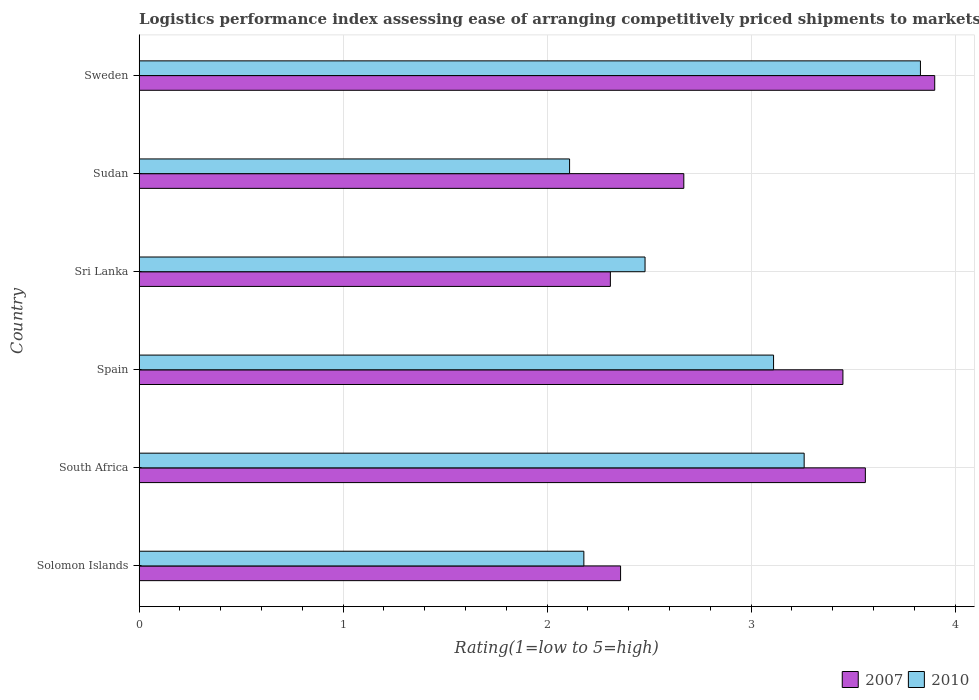
| Country | 2007 | 2010 |
 | --- | --- | --- |
 | Solomon Islands | 2.36 | 2.18 |
 | South Africa | 3.56 | 3.26 |
 | Spain | 3.45 | 3.11 |
 | Sri Lanka | 2.31 | 2.48 |
 | Sudan | 2.67 | 2.11 |
 | Sweden | 3.9 | 3.83 |